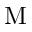
\mathrm { M }